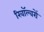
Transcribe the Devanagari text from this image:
रिवॉल्वरों